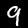
Digit: 9